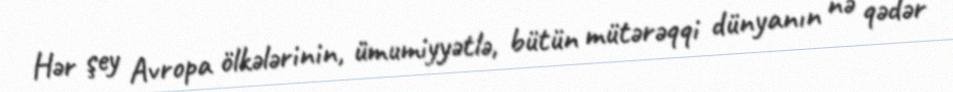
Hər şey Avropa ölkələrinin, ümumiyyətlə, bütün mütərəqqi dünyanın nə qədər